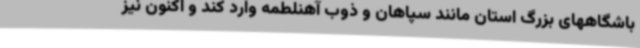
باشگاههای بزرگ استان مانند سپاهان و ذوب آهنلطمه وارد کند و اکنون نیز